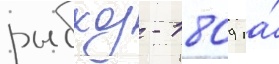
рыбхоз - 1809 га́